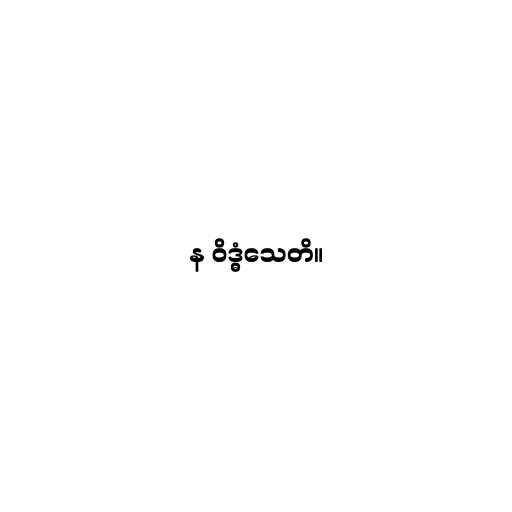
န ဝိဒ္ဓံသေတိ။